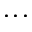
. . .